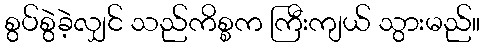
စွပ်စွဲခဲ့လျှင် သည်ကိစ္စက ကြီးကျယ် သွားမည်။